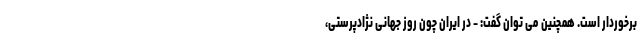
برخوردار است. همچنین می توان گفت: - در ایران چون روز جهانی نژادپرستی،